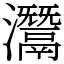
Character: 灊